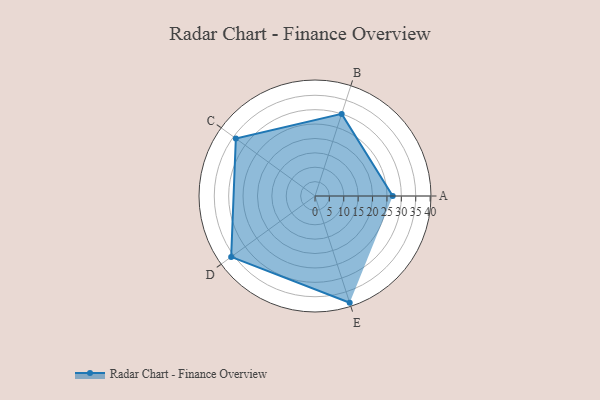
{"axis": {"x": "Skill", "y": "Score"}, "legend": ["Profile"], "data": [{"x": "A", "y": 27.0, "type": "Profile"}, {"x": "B", "y": 30.0, "type": "Profile"}, {"x": "C", "y": 34.0, "type": "Profile"}, {"x": "D", "y": 36.0, "type": "Profile"}, {"x": "E", "y": 39.0, "type": "Profile"}]}